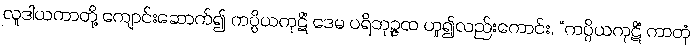
လူဒါယကာတို့ ကျောင်းဆောက်၍ ကပ္ပိယကုဋိံ ဒေမ ပရိဘုဉ္ဇထ ဟူ၍လည်းကောင်း, “ကပ္ပိယကုဋိံ ကာတုံ